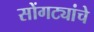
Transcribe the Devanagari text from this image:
सोंगट्यांचे